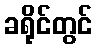
ခရိုင်တွင်